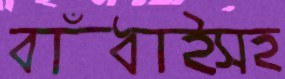
বাঁধাইসহ